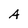
Character: A